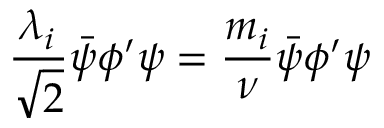
{ \frac { \lambda _ { i } } { \sqrt { 2 } } } { \bar { \psi } } \phi ^ { \prime } \psi = { \frac { m _ { i } } { \nu } } { \bar { \psi } } \phi ^ { \prime } \psi